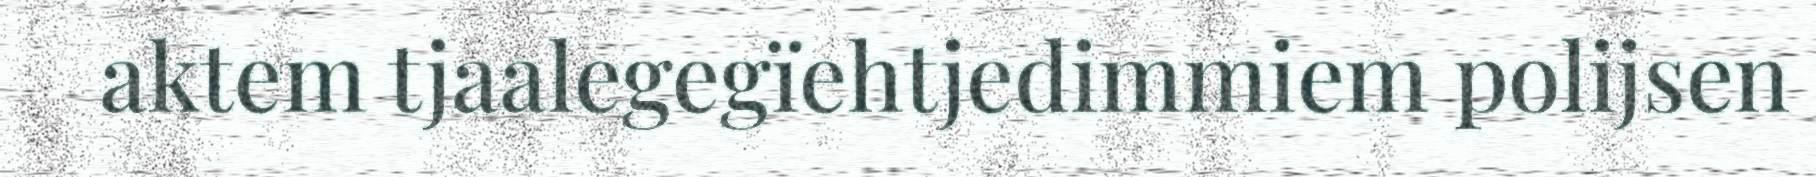
aktem tjaalegegïehtjedimmiem polijsen